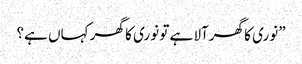
”نوری کا گھرآلا ہے تو نوری کا گھر کہاں ہے؟